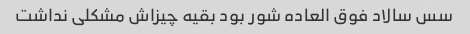
سس سالاد فوق العاده شور بود بقیه چیزاش مشکلی نداشت